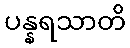
ပန္နရသာတိ